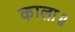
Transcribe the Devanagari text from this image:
काला॥